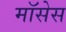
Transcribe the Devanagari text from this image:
मॉसेस